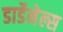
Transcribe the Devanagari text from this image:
डार्डेनेल्स